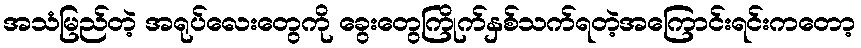
အသံမြည်တဲ့ အရုပ်လေးတွေကို ခွေးတွေကြိုက်နှစ်သက်ရတဲ့အကြောင်းရင်းကတော့